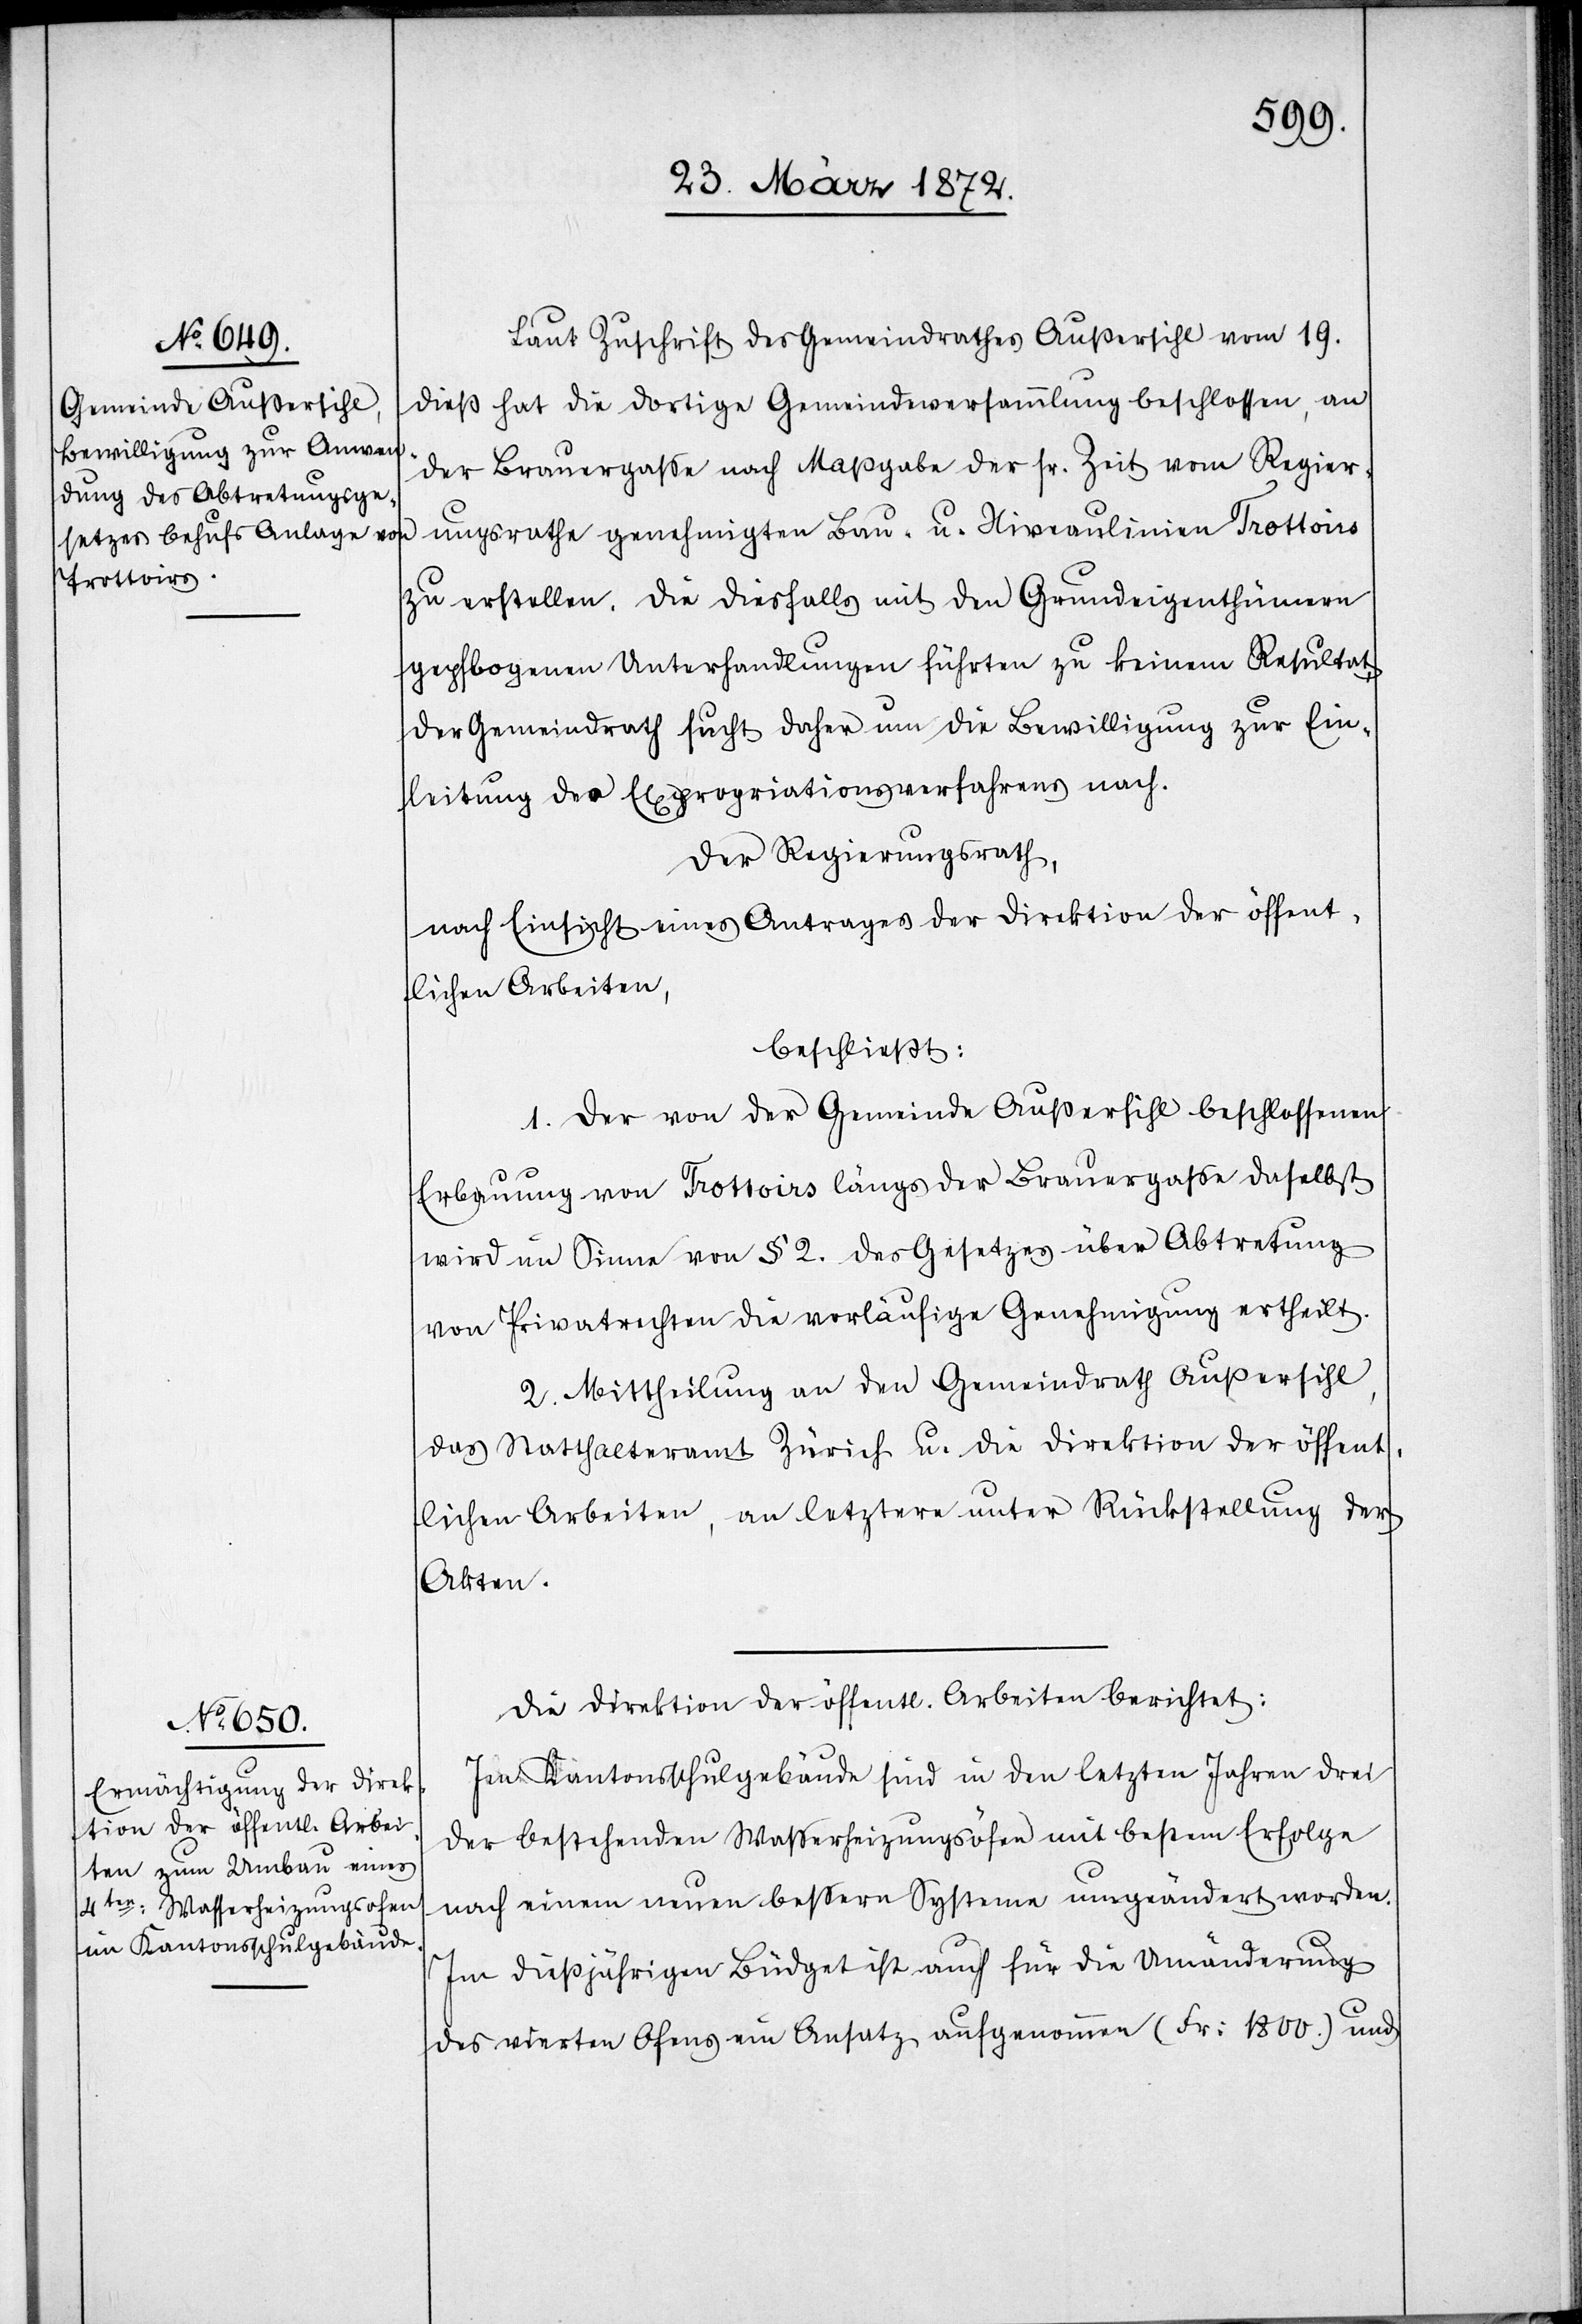
Laut Zuschrift des Gemeindrathes Außersihl vom 19.
dieß hat die dortige Gemeindeversammlung beschlossen, an
der Brauergasse nach Maßgabe der sr. Zeit vom Regier¬
ungsrathe genehmigten Bau- u. Niveaulinien Trottoirs
zu erstellen. Die diesfalls mit den Grundeigenthümern
gepflogenen Unterhandlungen führten zu keinem Resultat,
der Gemeindrath sucht daher um die Bewilligung zur Ein¬
leitung des Expropriationsverfahrens nach.
Der Regierungsrath,
nach Einsicht eines Antrages der Direktion der öffent¬
lichen Arbeiten,
beschließt:
1. Der von der Gemeinde Außersihl beschlossenen
Erbauung von Trottoirs längs der Brauergasse daselbst
wird im Sinne von § 2. des Gesetzes über Abtretung
von Privatrechten die vorläufige Genehmigung ertheilt.
2. Mittheilung an den Gemeindrath Außersihl,
das Statthalteramt Zürich u. die Direktion der öffent¬
lichen Arbeiten, an letztere unter Rückstellung der
Akten.
Die Direktion der öffentl. Arbeiten berichtet:
Im Kantonsschulgebäude sind in den letzten Jahren drei
der bestehenden Wasserheizungsöfen mit bestem Erfolge
nach einem neuen bessern Systeme umgeändert worden.
Im dießjährigen Büdget ist auch für die Umänderung
des vierten Ofens ein Ansatz aufgenommen (Fr: 1800.) und